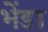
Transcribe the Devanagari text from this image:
भेंडा